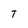
Character: T